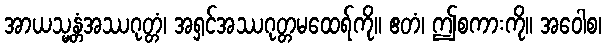
အာယသ္မန္တံအဿဂုတ္တံ၊ အရှင်အဿဂုတ္တမထေရ်ကို။ ဧတံ၊ ဤစကားကို။ အဝေါစ၊